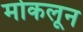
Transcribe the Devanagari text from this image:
मोकलून